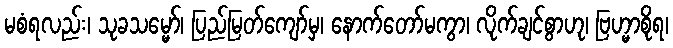
မစံရလည်း၊ သုခသမ္မော်၊ ပြည်မြတ်ကျော်မှ၊ နောက်တော်မကွာ၊ လိုက်ချင်စွာဟု၊ ဗြဟ္မာစိုရ၊